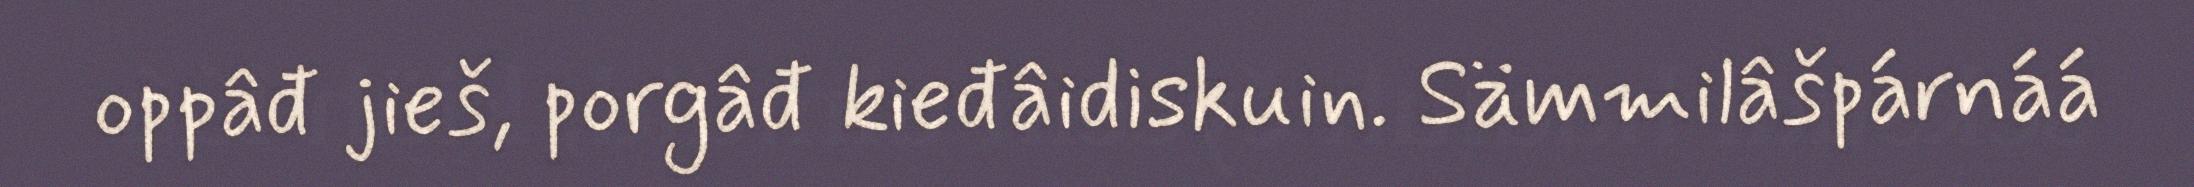
oppâđ jieš, porgâđ kieđâidiskuin. Sämmilâšpárnáá